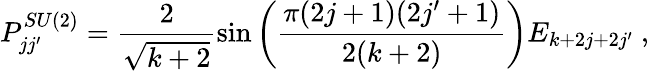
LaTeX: P_{jj^{\prime}}^{SU(2)}=\frac{2}{\sqrt{k+2}}\sin\left(\frac{\pi(2j+1)(2j^{\prime}+1)}{2(k+2)}\right)E_{k+2j+2j^{\prime}}~,